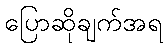
ပြောဆိုချက်အရ